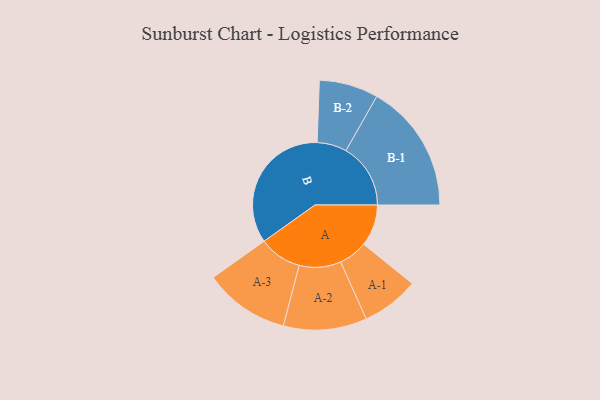
{"axis": {"x": "Segment", "y": "Value"}, "legend": ["", "A", "B"], "data": [{"x": "A", "y": 152, "type": ""}, {"x": "B", "y": 498, "type": ""}, {"x": "A-1", "y": 105, "type": "A"}, {"x": "A-2", "y": 152, "type": "A"}, {"x": "A-3", "y": 156, "type": "A"}, {"x": "B-1", "y": 236, "type": "B"}, {"x": "B-2", "y": 108, "type": "B"}]}